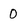
Character: 0